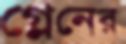
গ্লেনের